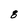
Character: 8